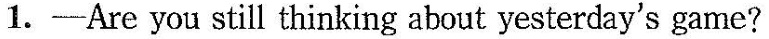
1.——Are you still thinking about yesterday's game?